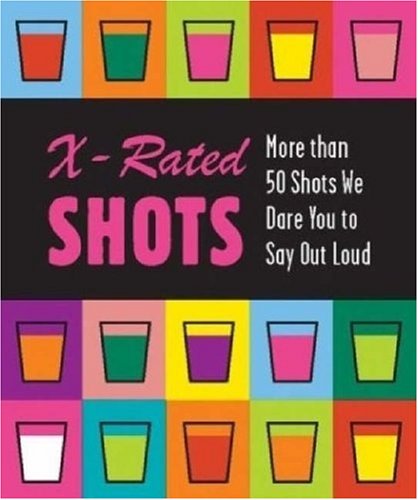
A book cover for X-rated Shots (Running Press Miniature Editions); Paul Knorr; Humor & Entertainment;